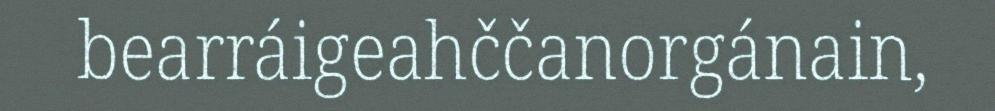
bearráigeahččanorgánain,